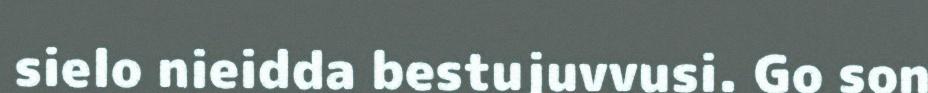
sielo nieidda bestujuvvusi. Go son